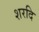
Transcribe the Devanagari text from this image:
शरदि